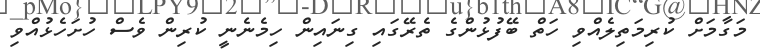
މަގާމަށް ކުރިމަތިލެއްވި ހަތް ބޭފުޅުންގެ ތެރޭގައި ގިނައިން ހިމެނެނީ ކުރިން ވެސް ހުށަހެޅުއްވި